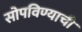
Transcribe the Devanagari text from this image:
सोपविण्याची